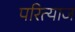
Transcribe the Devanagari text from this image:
परित्याज